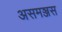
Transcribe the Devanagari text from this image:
असमञ्जस